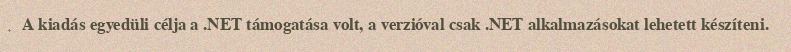
A kiadás egyedüli célja a .NET támogatása volt, a verzióval csak .NET alkalmazásokat lehetett készíteni.